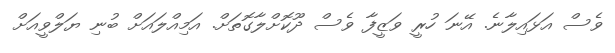
ވެސް އަޅައިލާނެ. އޭނަ ހުރީ ވަޒީފާ ވެސް ދޫކޮށްލާގޮތަށް. އަމިއްލައަށް ބުނި ޔަލްވީއަށް